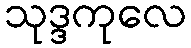
သုဒ္ဒကုလေ